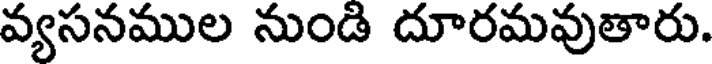
వ్యసనముల నుండి దూరమవుతారు.